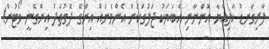
ލާރިގަނޑު ކާލިއްޔާ އޮންނާނި އެބަޔަކު ޖަލުގަކަން އެންމެނައް އިންގޭ ދޮގުތެދު އިންގޭނީ ވޯޓުން!